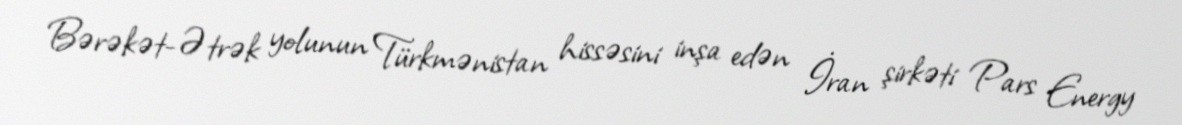
Bərəkət-Ətrək yolunun Türkmənistan hissəsini inşa edən İran şirkəti Pars Energy